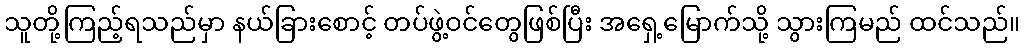
သူတို့ကြည့်ရသည်မှာ နယ်ခြားစောင့် တပ်ဖွဲ့ဝင်တွေဖြစ်ပြီး အရှေ့မြောက်သို့ သွားကြမည် ထင်သည်။